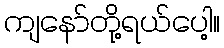
ကျနော်တို့ရယ်ပေါ့။